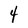
Character: 4